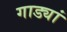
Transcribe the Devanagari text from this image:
गाड्यां